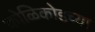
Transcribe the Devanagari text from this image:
कोळिकोडच्या